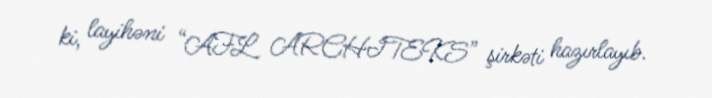
ki, layihəni “AFL ARCHITEKS” şirkəti hazırlayıb.